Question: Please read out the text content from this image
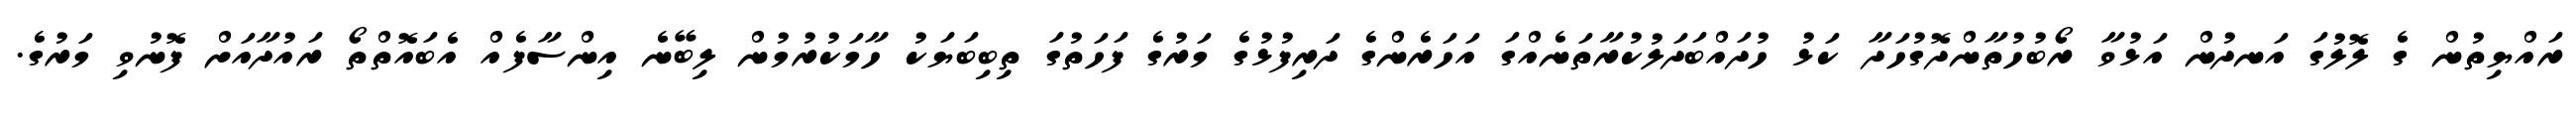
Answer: ރައްޔިތުން ގެ ލޮލުގަ އަނދުން އަޅުވާ ރޯބުހުތާންދޮގުހަދާ ކަޅު ހުދައްބަދަލުކުރާތަނެއްގަ އަހަރެންގެ ދަރިފުޅުގެ މަރުގެ ފަހަތުގަ ތިބިބަޔަކު ހާމަކުރުމުން ލިބޭނެ އިންސާފެއް އެބައޮތްތޯ ރައުދާއަށް ފޮނުވި މަރުގެ.